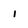
Character: I